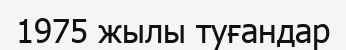
1975 жылы туғандар